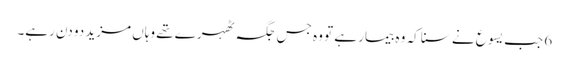
6 جب یسوع نے سنا کہ وہ بیمار ہے تو وہ جس جگہ ٹھہرے تھے وہاں مزید دو دن رہے۔